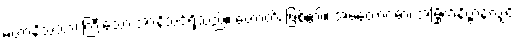
မဟာနိသံသာ၊ ကြီးသော အာနိသင်ရှိသည်။ ဟောတိ၊ ဖြစ်၏။ အမတောဂဓာ၊ အမြိုက်နိဗ္ဗာန်လျှင်